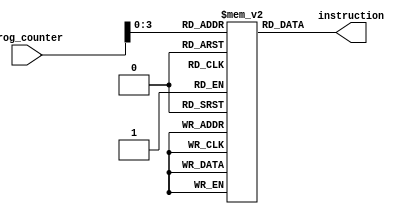
// Module for Instruction Memory

module memory(prog_counter, instruction);

	reg [31:0] REGISTER[0:10];									// 11 32-bit memory register

	input [7:0] prog_counter; 									// 4 bit program counter as input
	output wire [31:0] instruction;								// 32 bit instruction as output

	initial
		begin
			REGISTER[0]  = 32'b100011_00000_00001_0000000000000000;		// lw $1, 0($0)
			REGISTER[1]  = 32'b100011_00000_00010_0000000000000001;		// lw $2, 1($0)
			REGISTER[2]  = 32'b100011_00000_00011_0000000000000010;		// lw $3, 2($0)
			REGISTER[3]  = 32'b001001_00000_00100_00000_00000000000;	// addiu $4, $0, 0
			REGISTER[4]  = 32'b001001_00001_00101_00000_00000000000;	// addiu $5, $1, 0
			REGISTER[5]  = 32'b000000_00101_00010_00110_00000_101010;   // slt $6, $5, $2
			REGISTER[6]  = 32'b000100_00110_00000_0000000000000101; 	// beq $6, $0, exit
			REGISTER[7]  = 32'b000000_00100_00101_00100_00000_100001; 	// addu $4, $4, $5
			REGISTER[8]  = 32'b000000_00101_00011_00101_00000_100001;	// addu $5, $5, $3
			REGISTER[9]  = 32'b000000_00101_00010_00110_00000_101010;	// slt $6, $5, $2
			REGISTER[10] = 32'b000101_00110_00000_1111111111111101;		// bne $6, $0, loop
		end

	assign instruction = REGISTER[prog_counter];				// Multiplexer to choose the instruction from the program counter

endmodule